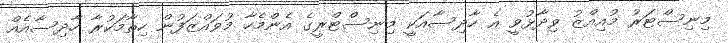
މިނިސްޓަރު މުއިއްޒު ވިދާޅުވީ އެ ހާދިސާއަކީ މިނިސްޓްރީގެ އެންމެހާ މުވައްޒަފުން ހިތާމަކުރާ ހާދިސާއެއް